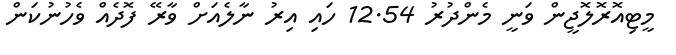
މީޓިއޮރޮލޮޖީން ވަނީ މެންދުރު 12.54 ހައި އިރު ނާލެއަށް ވާރޭ ފޮދެއް ވެހުނުކަން